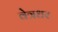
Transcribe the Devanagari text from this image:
वेत्रधर